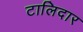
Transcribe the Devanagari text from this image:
टालिदार